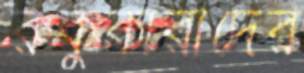
রুকুকারীদের